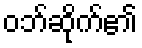
ဝဘ်ဆိုက်၏